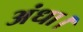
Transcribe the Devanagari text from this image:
अंधा।